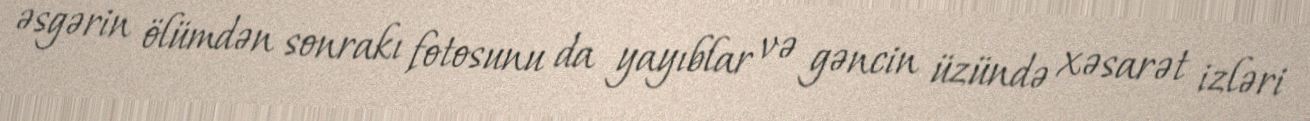
əsgərin ölümdən sonrakı fotosunu da yayıblar və gəncin üzündə xəsarət izləri